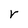
Character: r